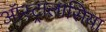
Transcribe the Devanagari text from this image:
ऑस्ट्रालासिया